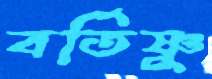
বর্তিষ্ণু